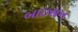
બાઇસન